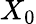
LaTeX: X_{0}